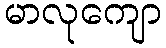
မာလုကျော